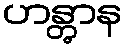
ဟန္တွာန